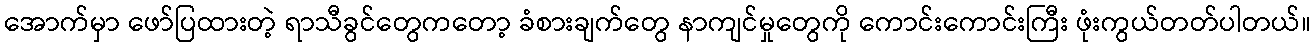
အောက်မှာ ဖော်ပြထားတဲ့ ရာသီခွင်တွေကတော့ ခံစားချက်တွေ နာကျင်မှုတွေကို ကောင်းကောင်းကြီး ဖုံးကွယ်တတ်ပါတယ်။